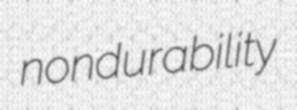
nondurability